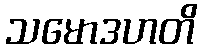
သမောဒဟတိ